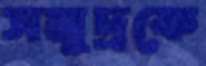
সমুদ্রকে